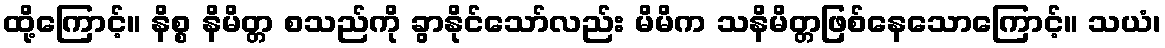
ထို့ကြောင့်။ နိစ္စ နိမိတ္တ စသည်ကို ခွာနိုင်သော်လည်း မိမိက သနိမိတ္တဖြစ်နေသောကြောင့်။ သယံ၊